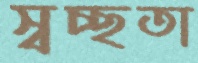
স্বচ্ছতা